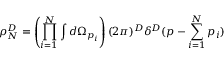
\rho _ { N } ^ { D } = \left( \prod _ { i = 1 } ^ { N } \int d \Omega _ { p _ { i } } \right) ( 2 \pi ) ^ { D } \delta ^ { D } ( p - \sum _ { i = 1 } ^ { N } p _ { i } )